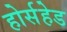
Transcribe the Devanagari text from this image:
होर्सहेड